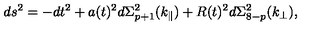
d s ^ { 2 } = - d t ^ { 2 } + a ( t ) ^ { 2 } d \Sigma _ { p + 1 } ^ { 2 } ( k _ { \parallel } ) + R ( t ) ^ { 2 } d \Sigma _ { 8 - p } ^ { 2 } ( k _ { \perp } ) ,